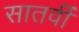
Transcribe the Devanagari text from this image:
सातवीँ